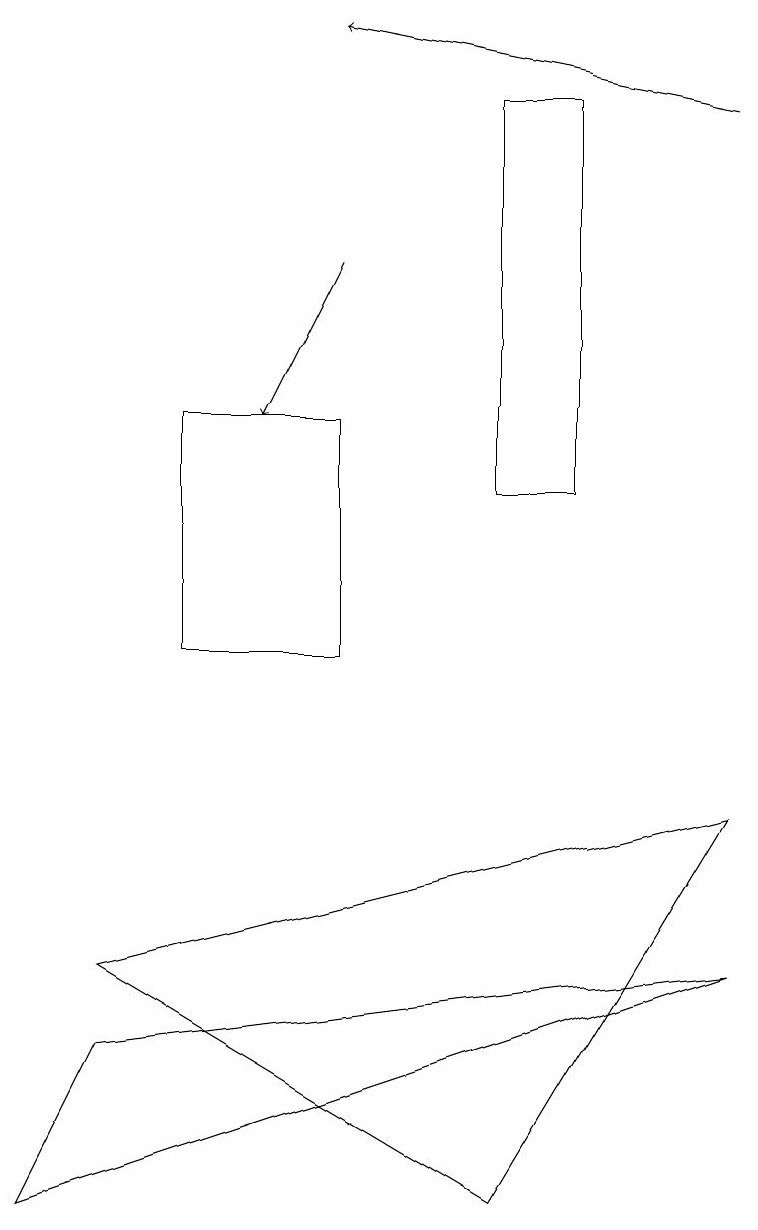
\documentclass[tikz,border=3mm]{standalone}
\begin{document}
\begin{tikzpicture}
\draw (6,4) -- (1,7) -- (9,9) -- cycle;
\draw (4,14) rectangle (2,11);
\draw (7,18) rectangle (6,13);
\draw[->] (4,16) -- (3,14);
\draw (9,7) -- (1,6) -- (0,4) -- cycle;
\draw[->] (9,18) -- (4,19);
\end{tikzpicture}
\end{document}